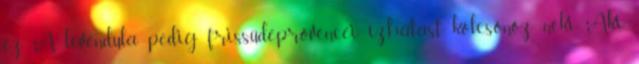
ez A levendula pedig friss,üde,provencei ízhatást kölcsönöz neki Aki